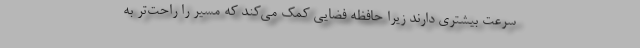
سرعت بیشتری دارند زیرا حافظه فضایی کمک می‌کند که مسیر را راحت‌تر به